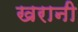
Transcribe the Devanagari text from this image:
खरानी